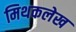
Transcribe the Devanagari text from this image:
मिथकलेख